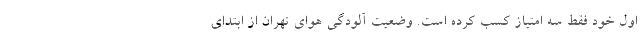
اول خود فقط سه امتیاز کسب کرده است. وضعیت آلودگی هوای تهران از ابتدای